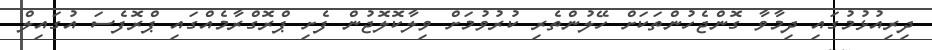
ދިރިއުޅުމުގައި ދިމާވާ ގޮންޖެހުންތަކަށް ހޭލުންތެރި ކުރުވުމަށް ވިލާކޮލޮޖުން ފެށި ޕްރޮގްރާމެއްގައި ޕްރޮފެސަ އުގައިލް